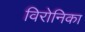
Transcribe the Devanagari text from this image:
विरोनिका